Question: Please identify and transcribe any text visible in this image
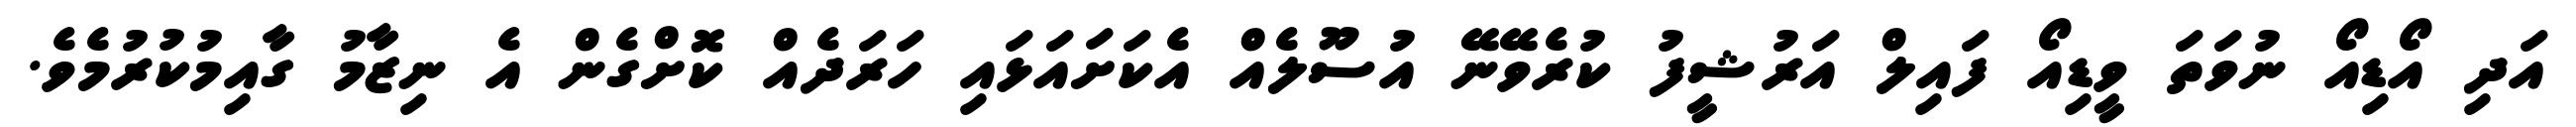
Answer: އަދި އޯޑިއޯ ނުވަތަ ވީޑިއޯ ފައިލް އަރުޝީފު ކުރެވޭނޭ އުސޫލެއް އެކަށައަޅައި ހަރަދެއް ކޮށްގެން އެ ނިޒާމު ގާއިމުކުރުމެވެ.